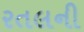
રતલની